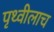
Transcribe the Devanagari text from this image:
पृथ्वीलाच